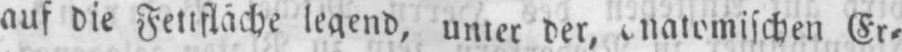
Er⸗